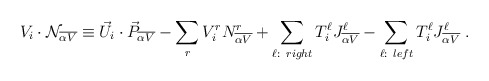
\begin{align*} V_i \cdot {\cal N}_{\overline {\alpha V}} \equiv {\vec U}_i \cdot {\vec P}_{\overline {\alpha V}} - \sum_{r} V^r_i N^r_{\overline {\alpha V}} + \sum_{\ell: ~right} T^\ell_i J^\ell_{\overline {\alpha V}} - \sum_{\ell: ~left} T^\ell_i J^\ell_{\overline {\alpha V}} ~.\end{align*}